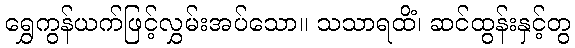
ရွှေကွန်ယက်ဖြင့်လွှမ်းအပ်သော။ သသာရထိံ၊ ဆင်ထွန်းနှင့်တွ